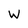
Character: W